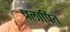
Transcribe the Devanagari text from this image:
प्रलापित